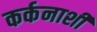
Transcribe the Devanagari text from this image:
कर्कनाशी